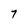
Character: 7